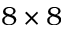
8 \times 8